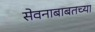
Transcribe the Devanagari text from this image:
सेवनाबाबतच्या